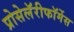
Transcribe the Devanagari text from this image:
प्रोसेलॅरीफॉर्मेस